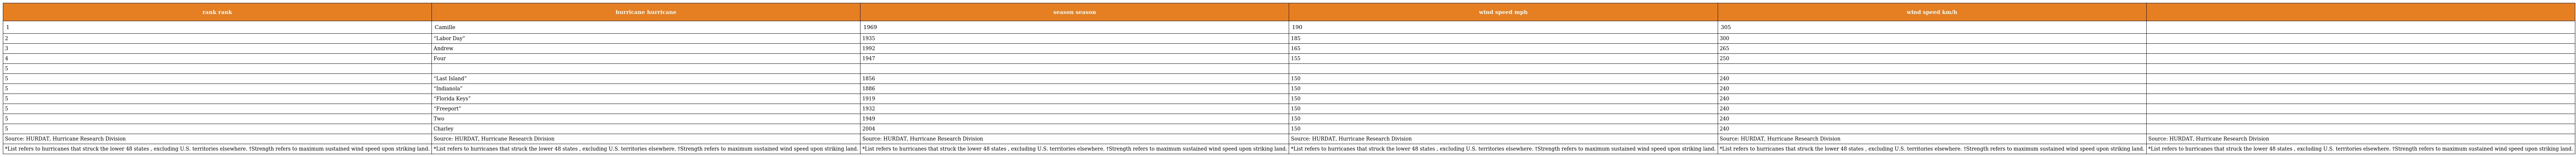
| rank rank | hurricane hurricane | season season | wind speed mph | wind speed km/h |  |
 | --- | --- | --- | --- | --- | --- |
 | 1 | Camille | 1969 | 190 | 305 |  |
 | 2 | “Labor Day” | 1935 | 185 | 300 |  |
 | 3 | Andrew | 1992 | 165 | 265 |  |
 | 4 | Four | 1947 | 155 | 250 |  |
 | 5 |  |  |  |  |  |
 | 5 | “Last Island” | 1856 | 150 | 240 |  |
 | 5 | “Indianola” | 1886 | 150 | 240 |  |
 | 5 | “Florida Keys” | 1919 | 150 | 240 |  |
 | 5 | “Freeport” | 1932 | 150 | 240 |  |
 | 5 | Two | 1949 | 150 | 240 |  |
 | 5 | Charley | 2004 | 150 | 240 |  |
 | Source: HURDAT, Hurricane Research Division | Source: HURDAT, Hurricane Research Division | Source: HURDAT, Hurricane Research Division | Source: HURDAT, Hurricane Research Division | Source: HURDAT, Hurricane Research Division | Source: HURDAT, Hurricane Research Division |
 | *List refers to hurricanes that struck the lower 48 states , excluding U.S. territories elsewhere. †Strength refers to maximum sustained wind speed upon striking land. | *List refers to hurricanes that struck the lower 48 states , excluding U.S. territories elsewhere. †Strength refers to maximum sustained wind speed upon striking land. | *List refers to hurricanes that struck the lower 48 states , excluding U.S. territories elsewhere. †Strength refers to maximum sustained wind speed upon striking land. | *List refers to hurricanes that struck the lower 48 states , excluding U.S. territories elsewhere. †Strength refers to maximum sustained wind speed upon striking land. | *List refers to hurricanes that struck the lower 48 states , excluding U.S. territories elsewhere. †Strength refers to maximum sustained wind speed upon striking land. | *List refers to hurricanes that struck the lower 48 states , excluding U.S. territories elsewhere. †Strength refers to maximum sustained wind speed upon striking land. |